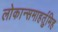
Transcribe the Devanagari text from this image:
लोकान्समाहर्तुमिह